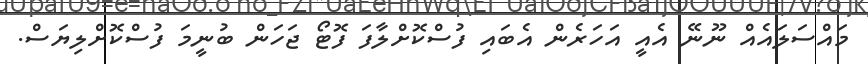
މައްސަލައެއް ނޫނޭ އެއީ އަހަރެން އެބައި ފުސްކޮށްލާފަ ފޮޓޯ ޖަހަން ބުނީމަ ފުސްކޮށްލިޔަސް.